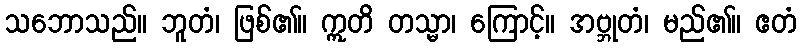
သဘောသည်။ ဘူတံ၊ ဖြစ်၏။ ဣတိ တသ္မာ၊ ကြောင့်။ အဗ္ဘုတံ၊ မည်၏။ ဧတံ